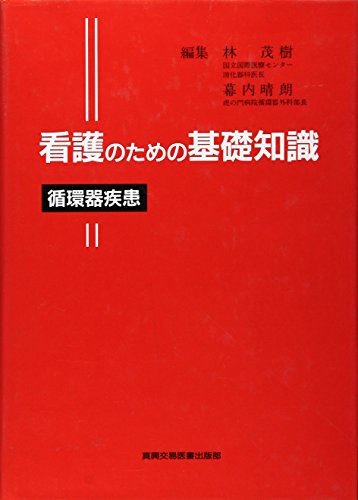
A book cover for Basic knowledge of cardiovascular disease for nursing (1998) ISBN: 4880035394 [Japanese Import]; Shigeki Hayashi; Haruo MakuÃE"hid; Medical Books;